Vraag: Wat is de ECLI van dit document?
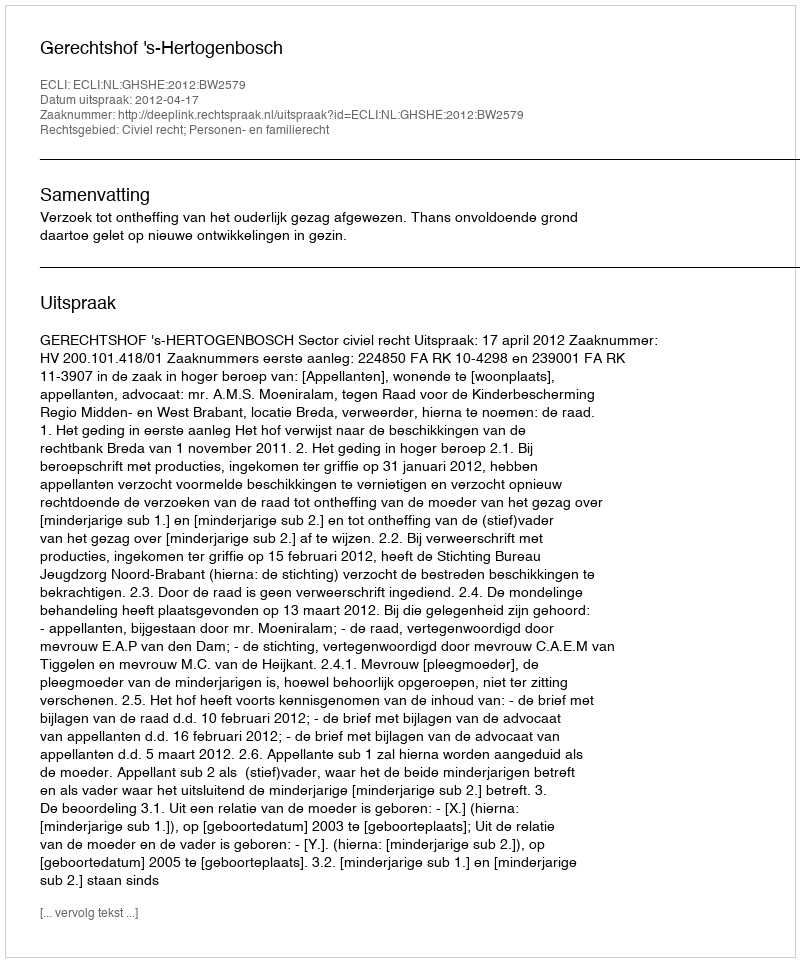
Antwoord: ECLI:NL:GHSHE:2012:BW2579